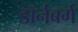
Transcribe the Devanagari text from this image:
डॉर्नबर्ग